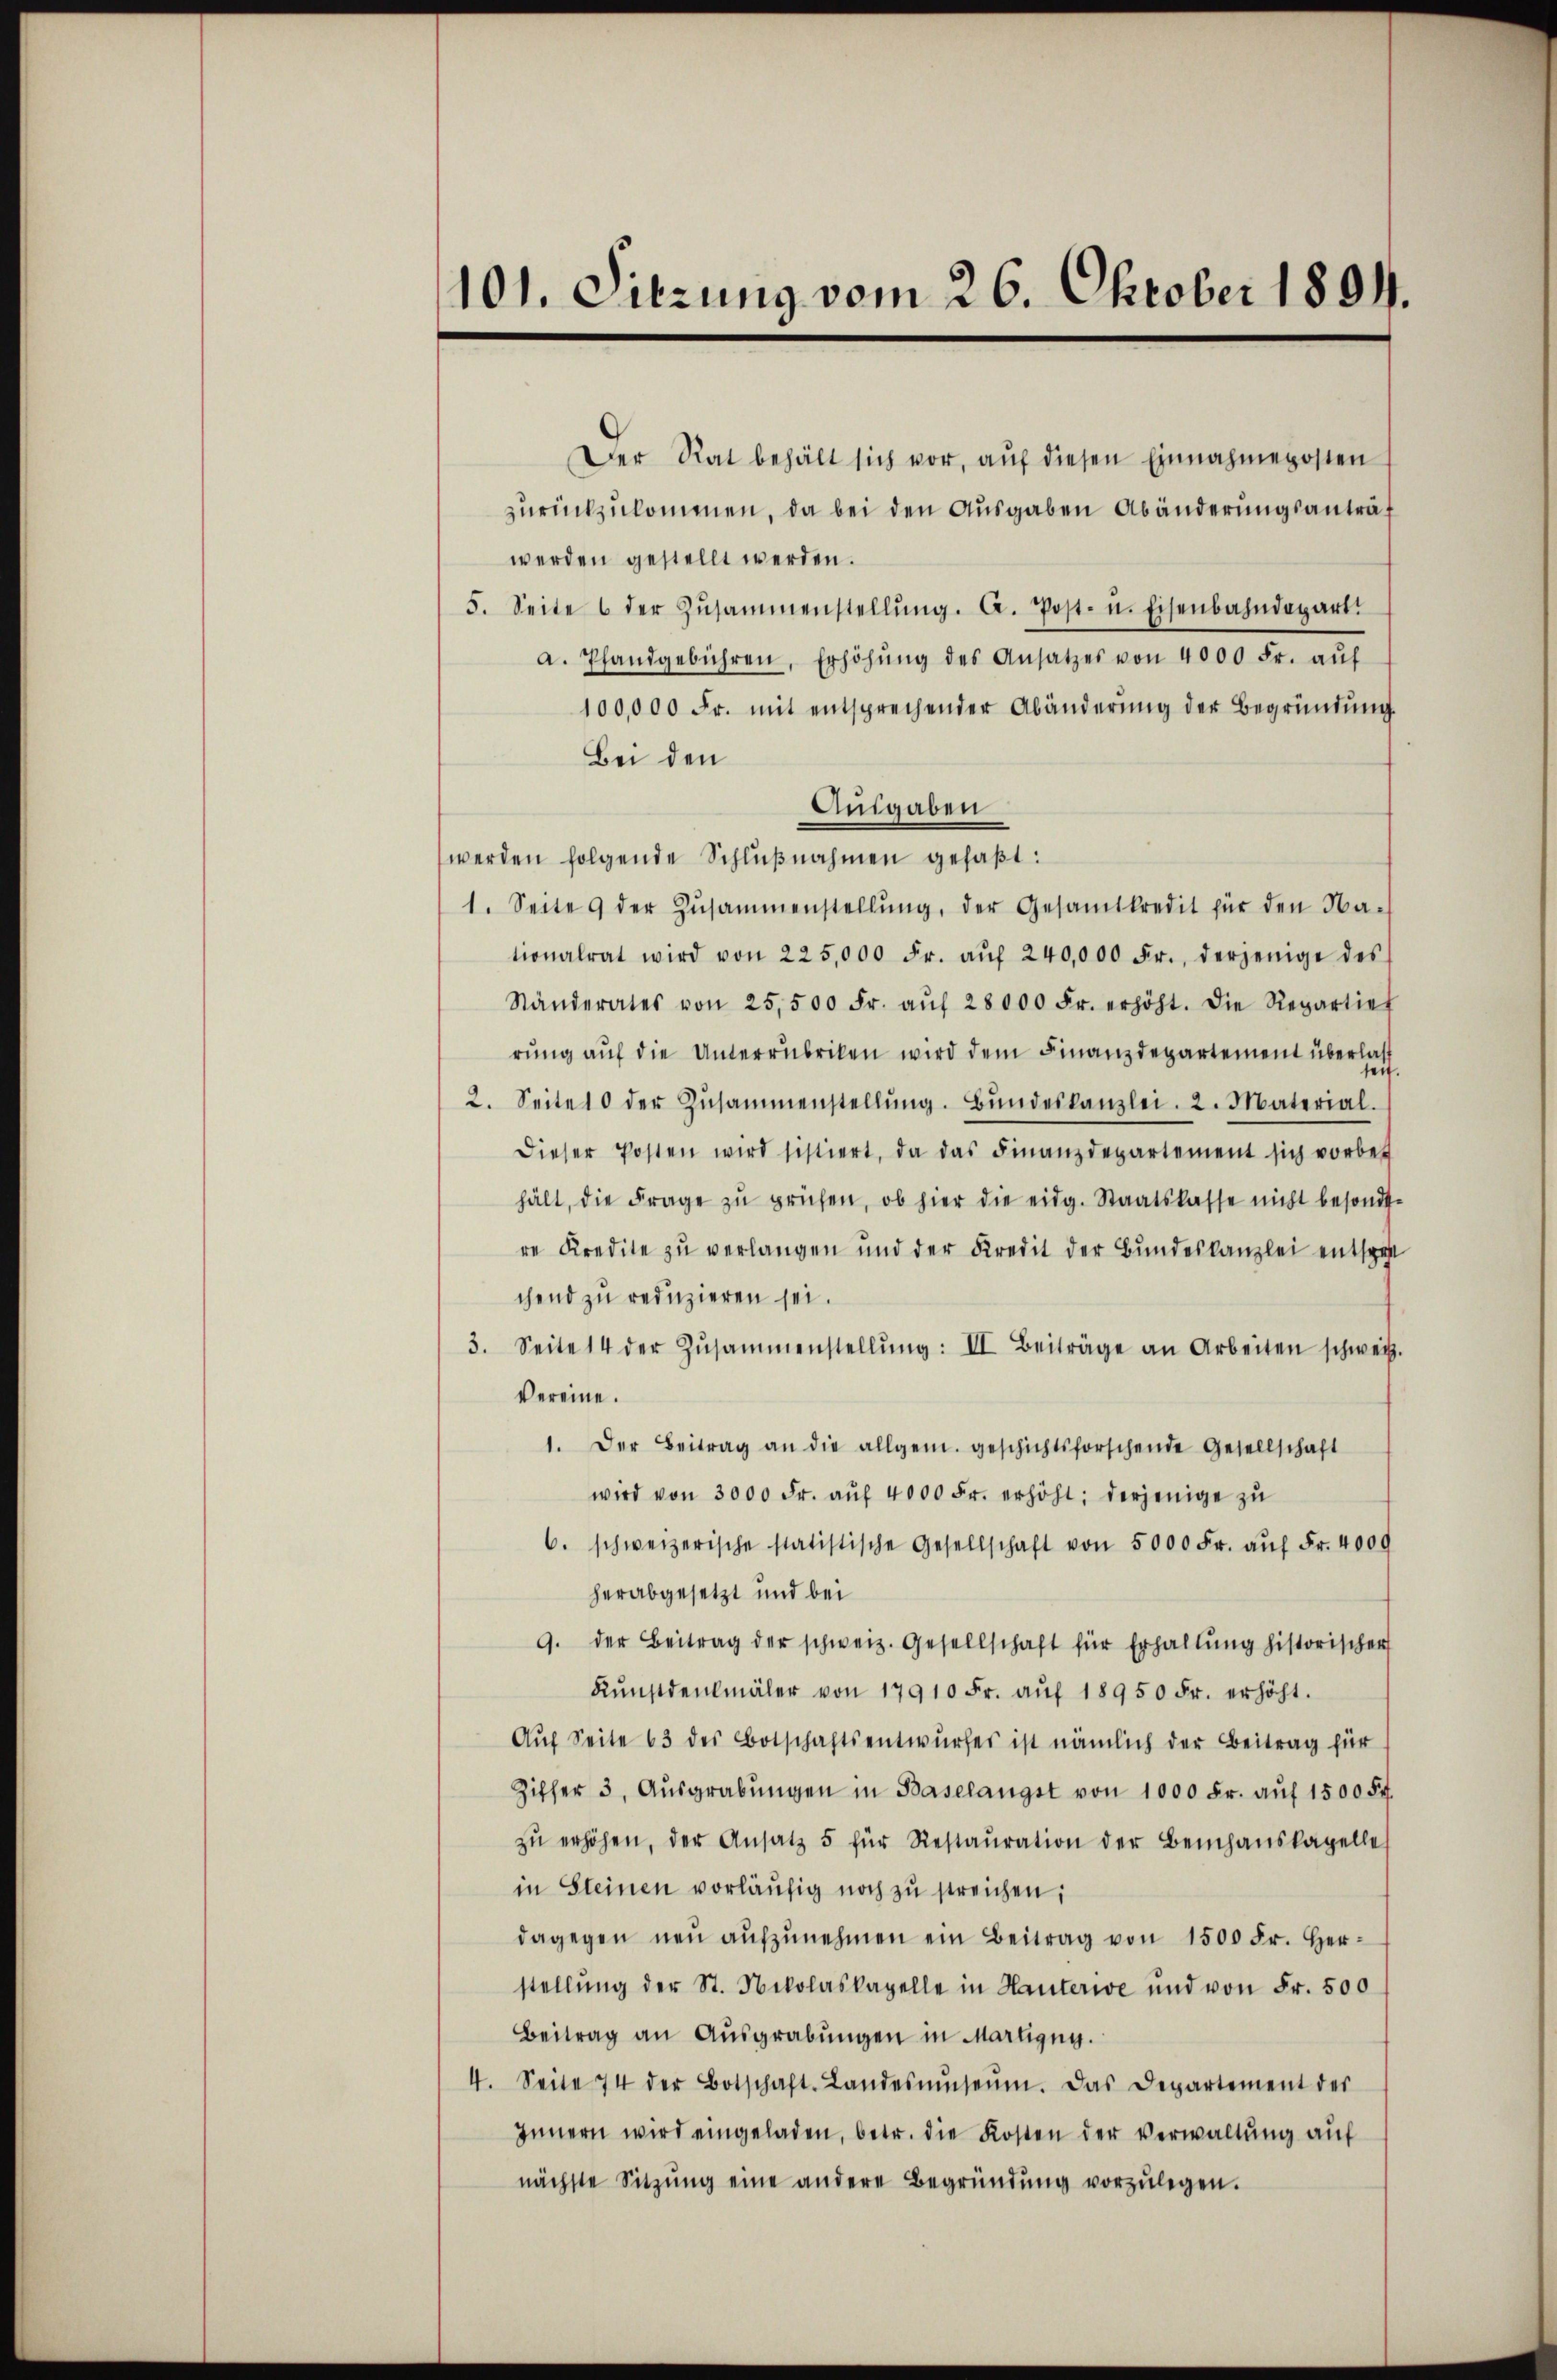
101. Sitzung vom 26. Oktober 1891.

Der Rat behält sich vor, aŭf diesen Einnahmeposten s
zurückzukommen, da bei den Ausgaben Abänderungsanträf
werden gestellt werden.
5. Seite 6 der Zŭsammenstellŭng. A. Post- u. Eisenbahndepart.
a. Pfandgebühren, Erhöhŭng des Ansatzes von 4000 Fr. aŭf
100,000 Fr. mit entsprechender Abänderŭng der Begründŭng.
Bei den
Angaben
werden folgende Schlŭβnahmen gefaβt:
1. Seite 9 der Zŭsammenstellŭng, der Gesamtkredit für den Na-
tionalrat wird von 225,000 Fr. aŭf 240,000 Fr., derjenige des
Ständerates von 25,500 Fr. aŭf 28000 Fr. erhöht. Die Repartier
rung auf die Unterrubriken wird dem Finanzdepartement überlass
2. Seite 10 der Zŭsammenstellŭng. Bŭndeskanzlei. 2. Material.
dieser Posten wird sistiert, da das Finanzdepartement sich vorbes
hält, die Frage zu prüfen, ob hier die eidg. Staatskasse nicht besondere Kredite zŭ verlangen und der Kredit der Bŭndeskanzlei entspat
chend zu reduzieren sei.
3. Seite 14 der Zŭsammenstellŭng: II Beiträge an Arbeiten schweiz.
Vereine.
1. Der Beitrag an die allgem. geschichtsforschende Gesellschaft
wird von 3000 Fr. aŭf 4000 Fr. erhöht: derjenige zŭ
6. schweizerische statistische Gesellschaft von 5000 Fr. aŭf Fr. 4009
herabgesetzt und bei
9. der Beitrag der schweiz. Gesellschaft für Erhaltung historischer
Kŭnstdenkmäler von 17910 Fr. aŭf 18950 Fr. erhöht.
Aŭf Seite 63 des Botschaftsentwurfes ist nämlich der Beitrag für
Ziffer 3. Aŭsgrabŭngen in Baselangst von 1000 Fr. aŭf 1500 Fr.
zŭ erhöhen, der Ansatz 5 für Restaŭration der Beihanskapelles
in Steinen vorläŭfig noch zu streichen;
dagegen neŭ aŭfzŭnehmen ein Beitrag von 1500 Fr. Herstellŭng der St. Nikolaskapelle in Hauterie und von Fr. 500
Beitrag an Aŭsgrabŭngen in Martigny.
4. Seite 74 der Botschaft-Landesŭṁseŭm. Das Departement der
Innern wird eingeladen, betr. die Kosten der Verwaltung auf
nächste Sitzŭng eine andere Begründŭng vorzŭlegen.